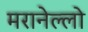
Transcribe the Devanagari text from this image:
मरानेल्लो